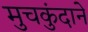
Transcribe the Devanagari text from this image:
मुचकुंदाने